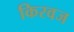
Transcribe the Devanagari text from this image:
किरवज